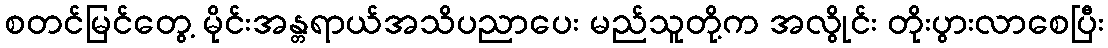
စတင်မြင်တွေ့ မိုင်းအန္တရာယ်အသိပညာပေး မည်သူတို့က အလွိုင်း တိုးပွားလာစေပြီး